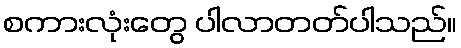
စကားလုံးတွေ ပါလာတတ်ပါသည်။